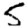
Digit: 5